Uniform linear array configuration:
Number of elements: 24
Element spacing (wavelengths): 0.75
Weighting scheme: cosine
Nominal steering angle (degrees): -30
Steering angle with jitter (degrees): -28.939
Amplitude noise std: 0.05
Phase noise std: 0.05

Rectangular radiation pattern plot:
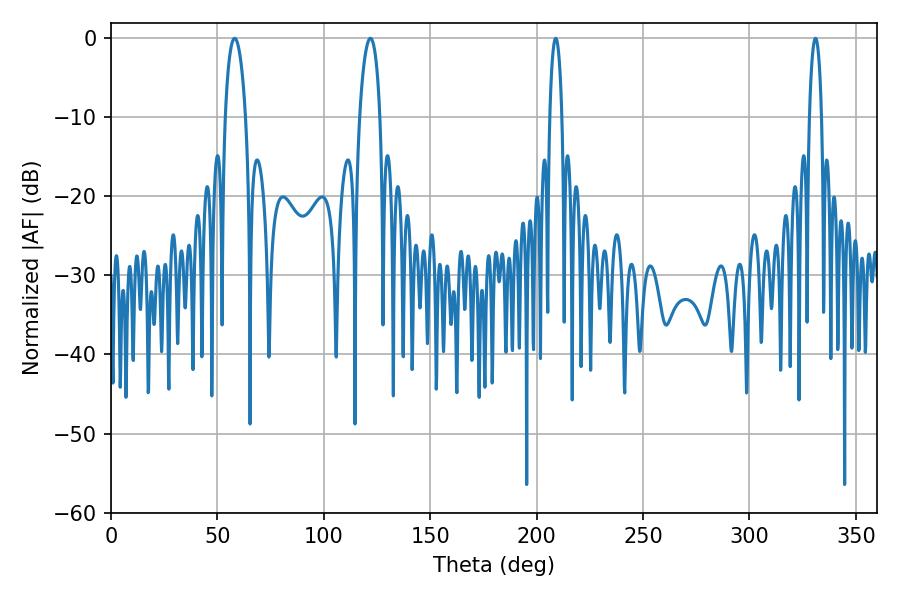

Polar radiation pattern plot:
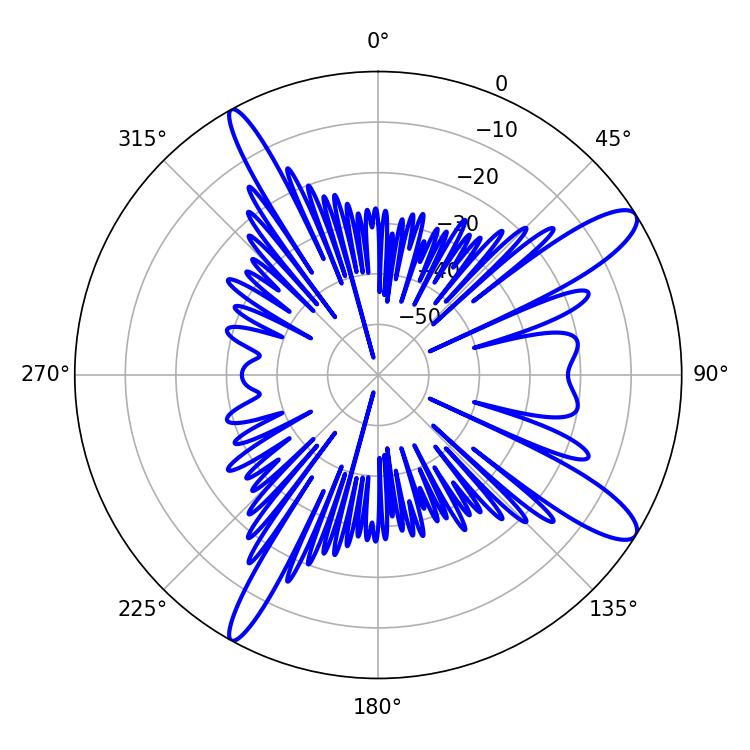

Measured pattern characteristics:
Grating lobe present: TRUE
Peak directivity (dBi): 12.244
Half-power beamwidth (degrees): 3.24
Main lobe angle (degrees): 208.98